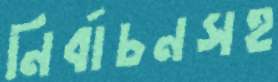
নির্বাচনসহ